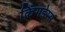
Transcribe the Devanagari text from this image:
किंगडेम्स